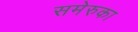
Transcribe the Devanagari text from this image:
समेरुका